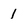
Character: 1